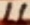
Text: 11